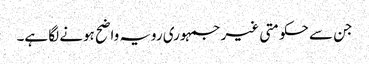
جن سے حکومتی غیر جمہوری رویہ واضح ہونے لگا ہے۔